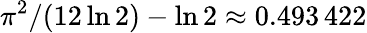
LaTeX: {\pi^{2}/(12\ln 2)-\ln 2\approx 0.493\, 422}